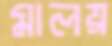
মালয়